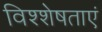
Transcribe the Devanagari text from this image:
विश्शेषताएं